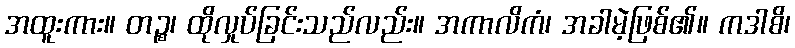
အထူးကား။ တဉ္စ၊ ထိုလှုပ်ခြင်းသည်လည်း။ အကာလိကံ၊ အခါမဲ့ဖြစ်၏။ ကဒါစိ၊